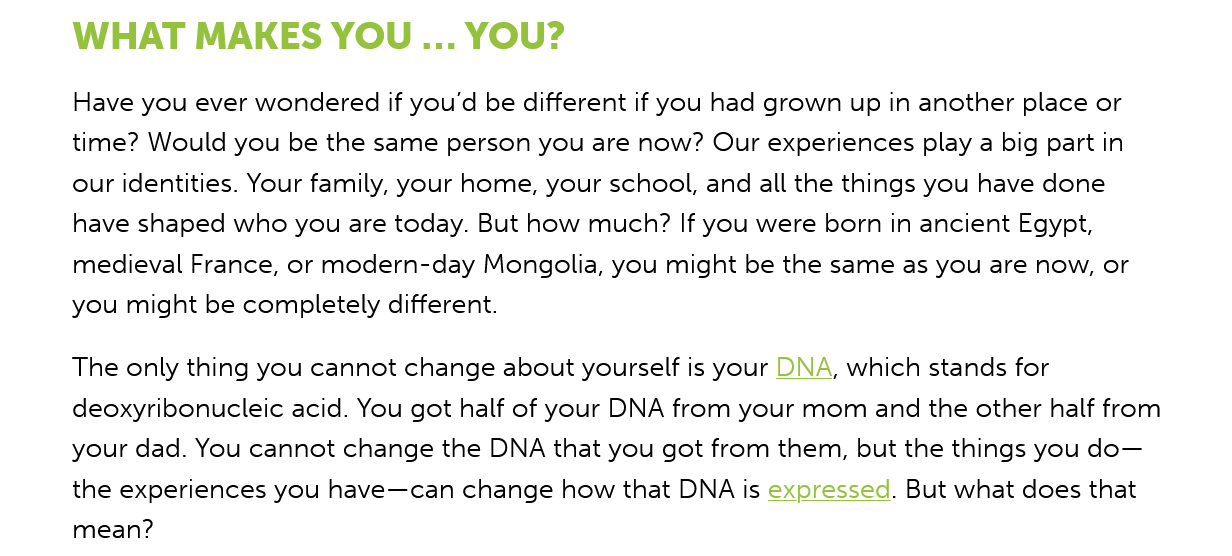
WHAT    MAKES  YOU   ...  YOU?
     Have you ever wondered if you'd be different if you had grown up in another place or
     time? Would you be the same person you are now? Our experiences play a big part in
     our identities. Your family, your home, your school, and all the things you have done
     have shaped who you are today. But how much? If you were born in ancient Egypt,
     medieval France, or modern-day Mongolia, you might be the same as you are now, or
     you might be completely different.
     The only thing you cannot change about yourself is your DNA, which stands for
     deoxyribonucleic acid. You got half of your DNA from your mom and the other half from
     your dad. You cannot change the DNA that you got from them, but the things you do—
     the experiences you have—can change how that DNA is expressed. But what does that
     mean?